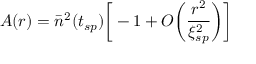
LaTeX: A ( r ) = { \bar { n } } ^ { 2 } ( t _ { s p } ) \bigg [ - 1 + O \bigg ( \frac { r ^ { 2 } } { \xi _ { s p } ^ { 2 } } \bigg ) \bigg ]